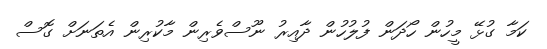
ކަމާ ގުޅޭ މީހުން ހޯދަން ފުލުހުން ދާއިރު ނޫސްވެރިން މާކުރިން އެތަނަށް ގޮސް